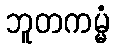
ဘူတကမ္မံ